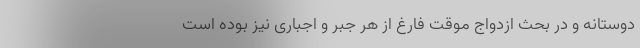
دوستانه و در بحث ازدواج موقت فارغ از هر جبر و اجباری نیز بوده است